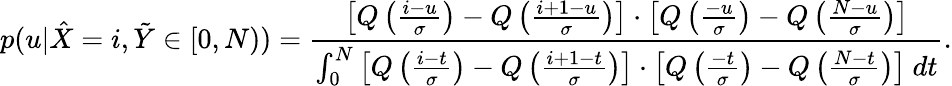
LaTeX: p(u|\hat{X}=i,\tilde{Y}\in[0,N))=\frac{\left[Q\left(\frac{i-u}{\sigma}\right)-Q\left(\frac{i+1-u}{\sigma}\right)\right]\cdot\left[Q\left(\frac{-u}{\sigma}\right)-Q\left(\frac{N-u}{\sigma}\right)\right]}{\int_{0}^{N}\left[Q\left(\frac{i-t}{\sigma}\right)-Q\left(\frac{i+1-t}{\sigma}\right)\right]\cdot\left[Q\left(\frac{-t}{\sigma}\right)-Q\left(\frac{N-t}{\sigma}\right)\right]~dt}.